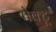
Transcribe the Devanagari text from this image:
पेक्टू